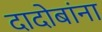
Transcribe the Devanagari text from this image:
दादोबांना